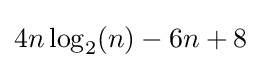
{\textstyle 4n\log _{2}(n)-6n+8}